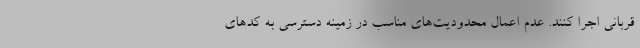
قربانی اجرا کنند. عدم اعمال محدودیت‌های مناسب در زمینه دسترسی به کدهای